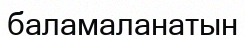
баламаланатын